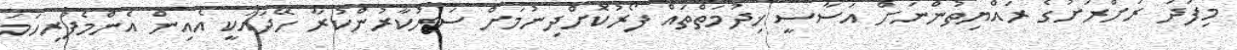
މިފަދަ ރަށްރަށުގެ ރައްޔިތުންނަށް އަސާސީ ޚިދުމަތްތައް ފޯރުކޮށްދިނުމަށް ސަރުކާރުންކުރާ ހޭދައަކީ އެއިން އެންމެފުރިހަމަ